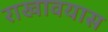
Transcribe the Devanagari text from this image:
राखावयास